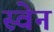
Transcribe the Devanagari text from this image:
स्‍वेन